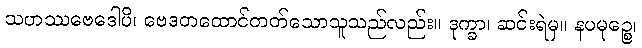
သဟဿဗေဒေါပိ၊ ဗေဒတထောင်တတ်သောသူသည်လည်း။ ဒုက္ခာ၊ ဆင်းရဲမှ။ နပမုဉ္စေ၊